Lunatic asylums United Prov. 1922-30 - 1922-1930
Year: 1922
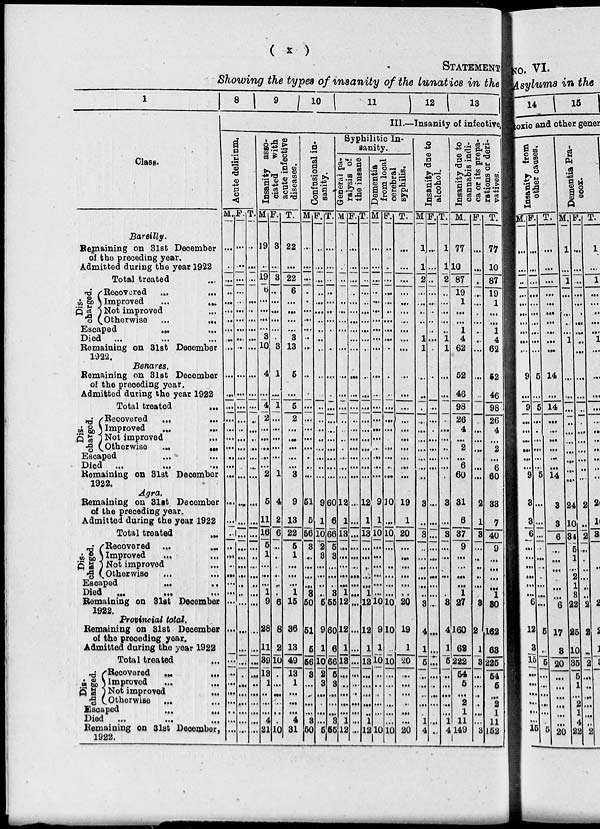
( x )
STATEMENT
Showing the types of insanity of the lunatics in the
1
Class.
Bareilly.
Remaining on 31st December
of the preceding year.
Admitted during the year 1922
Total treated ...
Dis-
charged.
Recovered ...
...
Improved
...
...
Not improved ...
Otherwise ...
...
Escaped
...
...
Died
...
...
...
Remaining on 31st December
1922.
Benares.
Remaining on 31st December
of the preceding year.
Admitted during the year 1922
Total treated ...
Dis-
charged.
Recovered
...
...
Improved
...
...
Not improved ...
Otherwise
...
...
Escaped ... ...
Died
...
...
...
Remaining on 31st December
1922.
Agra.
Remaining on 31st December
of the preceding year.
Admitted during the year 1922
Total treated
...
Dis-
charged.
Recovered ...
...
Improved
... ...
Not improved ...
Otherwise ... ...
Escaped
...
...
Died
...
...
...
Remaining on 31st December
1922.
Provincial total.
Remaining on 31st December
of the preceding year.
Admitted during the year 1922
Total treated
...
Dis-
charged.
Recovered
...
...
Improved ... ...
Not improved
...
Otherwise ... ...
Escaped
...
...
Died ...
...
...
Remaining on 31st December,
1922.
8 9 10
11
12
13
III.—Insanity of infective
Acute delirium.
M.
...
...
...
...
...
...
...
...
...
...
...
...
...
...
...
...
...
...
...
...
...
...
...
...
...
...
...
...
...
...
...
...
...
...
...
...
...
...
...
...
F.
...
...
...
...
...
...
...
...
...
...
...
...
...
...
...
...
...
...
...
...
...
...
...
...
...
...
...
...
...
...
...
...
...
...
...
...
...
...
...
...
T.
...
...
...
...
...
...
...
...
...
...
...
...
...
...
...
...
...
...
...
...
...
...
...
...
...
...
...
...
...
...
...
...
...
...
...
...
...
...
...
...
Insanity asso-
ciated with
acute infective
diseases.
M.
19
...
19
6
...
...
...
...
3
10
4
...
4
2
...
...
...
...
...
2
5
11
16
5
1
...
...
...
1
9
28
11
39
13
1
...
...
...
4
21
F.
3
...
3
...
...
...
...
...
...
3
1
...
1
...
...
...
...
...
...
1
4
2
6
...
...
...
...
...
...
6
8
2
10
...
...
...
...
...
...
10
T.
22
...
22
6
...
...
...
...
3
13
5
...
5
2
...
...
...
...
...
3
9
13
22
5
1
...
...
...
1
15
36
13
49
13
1
...
...
...
4
81
Confusional in-
sanity.
M
...
...
...
...
...
...
...
...
...
...
...
...
...
...
...
...
...
...
...
...
...
51
5
56
3
...
...
...
...
3
50
51
5
56
3
...
...
...
...
3
50
F.
...
...
...
...
...
...
...
...
...
...
...
...
...
...
...
...
...
...
...
...
...
9
1
10
2
3
...
...
...
...
5
9
1
10
2
3
...
...
...
...
5
T.
...
...
...
...
...
...
...
...
...
...
...
...
...
...
...
...
...
...
...
...
...
60
6
66
5
3
...
...
..
3
55
60
6
66
5
3
...
...
...
3
55
Syphilitic In-
sanity.
General pa-
ralysis of
the insane
M.
...
...
...
...
...
...
...
...
...
...
...
...
...
...
...
...
...
...
...
...
...
12
1
13
...
...
...
...
...
1
12
12
1
13
...
...
...
...
...
1
12
F.
...
...
...
...
...
...
...
...
...
...
...
...
...
...
...
...
...
...
...
...
...
...
...
...
...
...
...
...
...
...
...
...
...
...
...
...
...
...
...
...
...
T.
...
...
...
...
...
...
...
...
...
...
...
...
...
...
...
...
...
...
...
...
...
12
1
18
...
...
...
...
...
1
12
12
1
13
...
...
...
...
...
1
12
Dementia
from local
cerebral
syphilis.
M
...
...
...
...
...
...
...
...
...
...
...
...
...
...
...
...
...
...
...
...
...
9
1
10
...
...
...
...
...
...
10
9
1
10
...
...
...
...
...
10
F.
...
...
...
...
...
...
...
...
...
...
...
...
...
...
...
...
...
...
...
...
...
10
...
10
...
...
...
...
...
...
10
10
...
10
...
...
...
...
...
...
10
T.
...
...
...
...
...
...
...
...
...
...
...
...
...
...
...
...
...
...
...
...
...
19
1
20
...
...
...
...
...
...
20
19
1
20
...
...
...
...
...
...
20
Insanity due to
alcohol.
M
1
1
2
...
...
...
...
1
1
...
...
...
...
...
...
...
...
...
...
...
3
...
3
...
...
...
...
...
...
3
4
1
5
...
...
...
...
...
1
4
F.
...
...
...
...
...
...
...
...
...
...
...
...
...
...
...
...
...
...
...
...
...
...
...
...
...
...
...
...
...
...
...
...
...
...
...
...
...
...
...
...
...
T.
1
1
2
...
...
...
...
...
1
1
...
...
...
...
...
...
...
...
...
...
...
3
...
3
...
,
3
4
1
5
...
...
...
...
...
1
4
Insanity due to
cannabis indi-
ca or its prepa-
rations or deri-
vatives.
M.
77
10
87
19
1
...
...
1
4
62
52
46
98
26
4
...
2
...
6
60
31
6
37
9
...
...
...
...
1
27
160
62
222
54
5
...
2
1
11
149
F.
...
...
...
...
...
...
...
...
...
...
...
...
...
...
...
...
...
...
...
2
1
3
...
...
...
...
...
3
2
1
3
...
...
...
...
...
...
3
T.
77
10
87
19
1
...
1
4
62
52
46
98
26
4
2
...
6
60
33
7
40
9
...
...
...
...
1
30
162
68
225
54
5
...
2
1
11
152